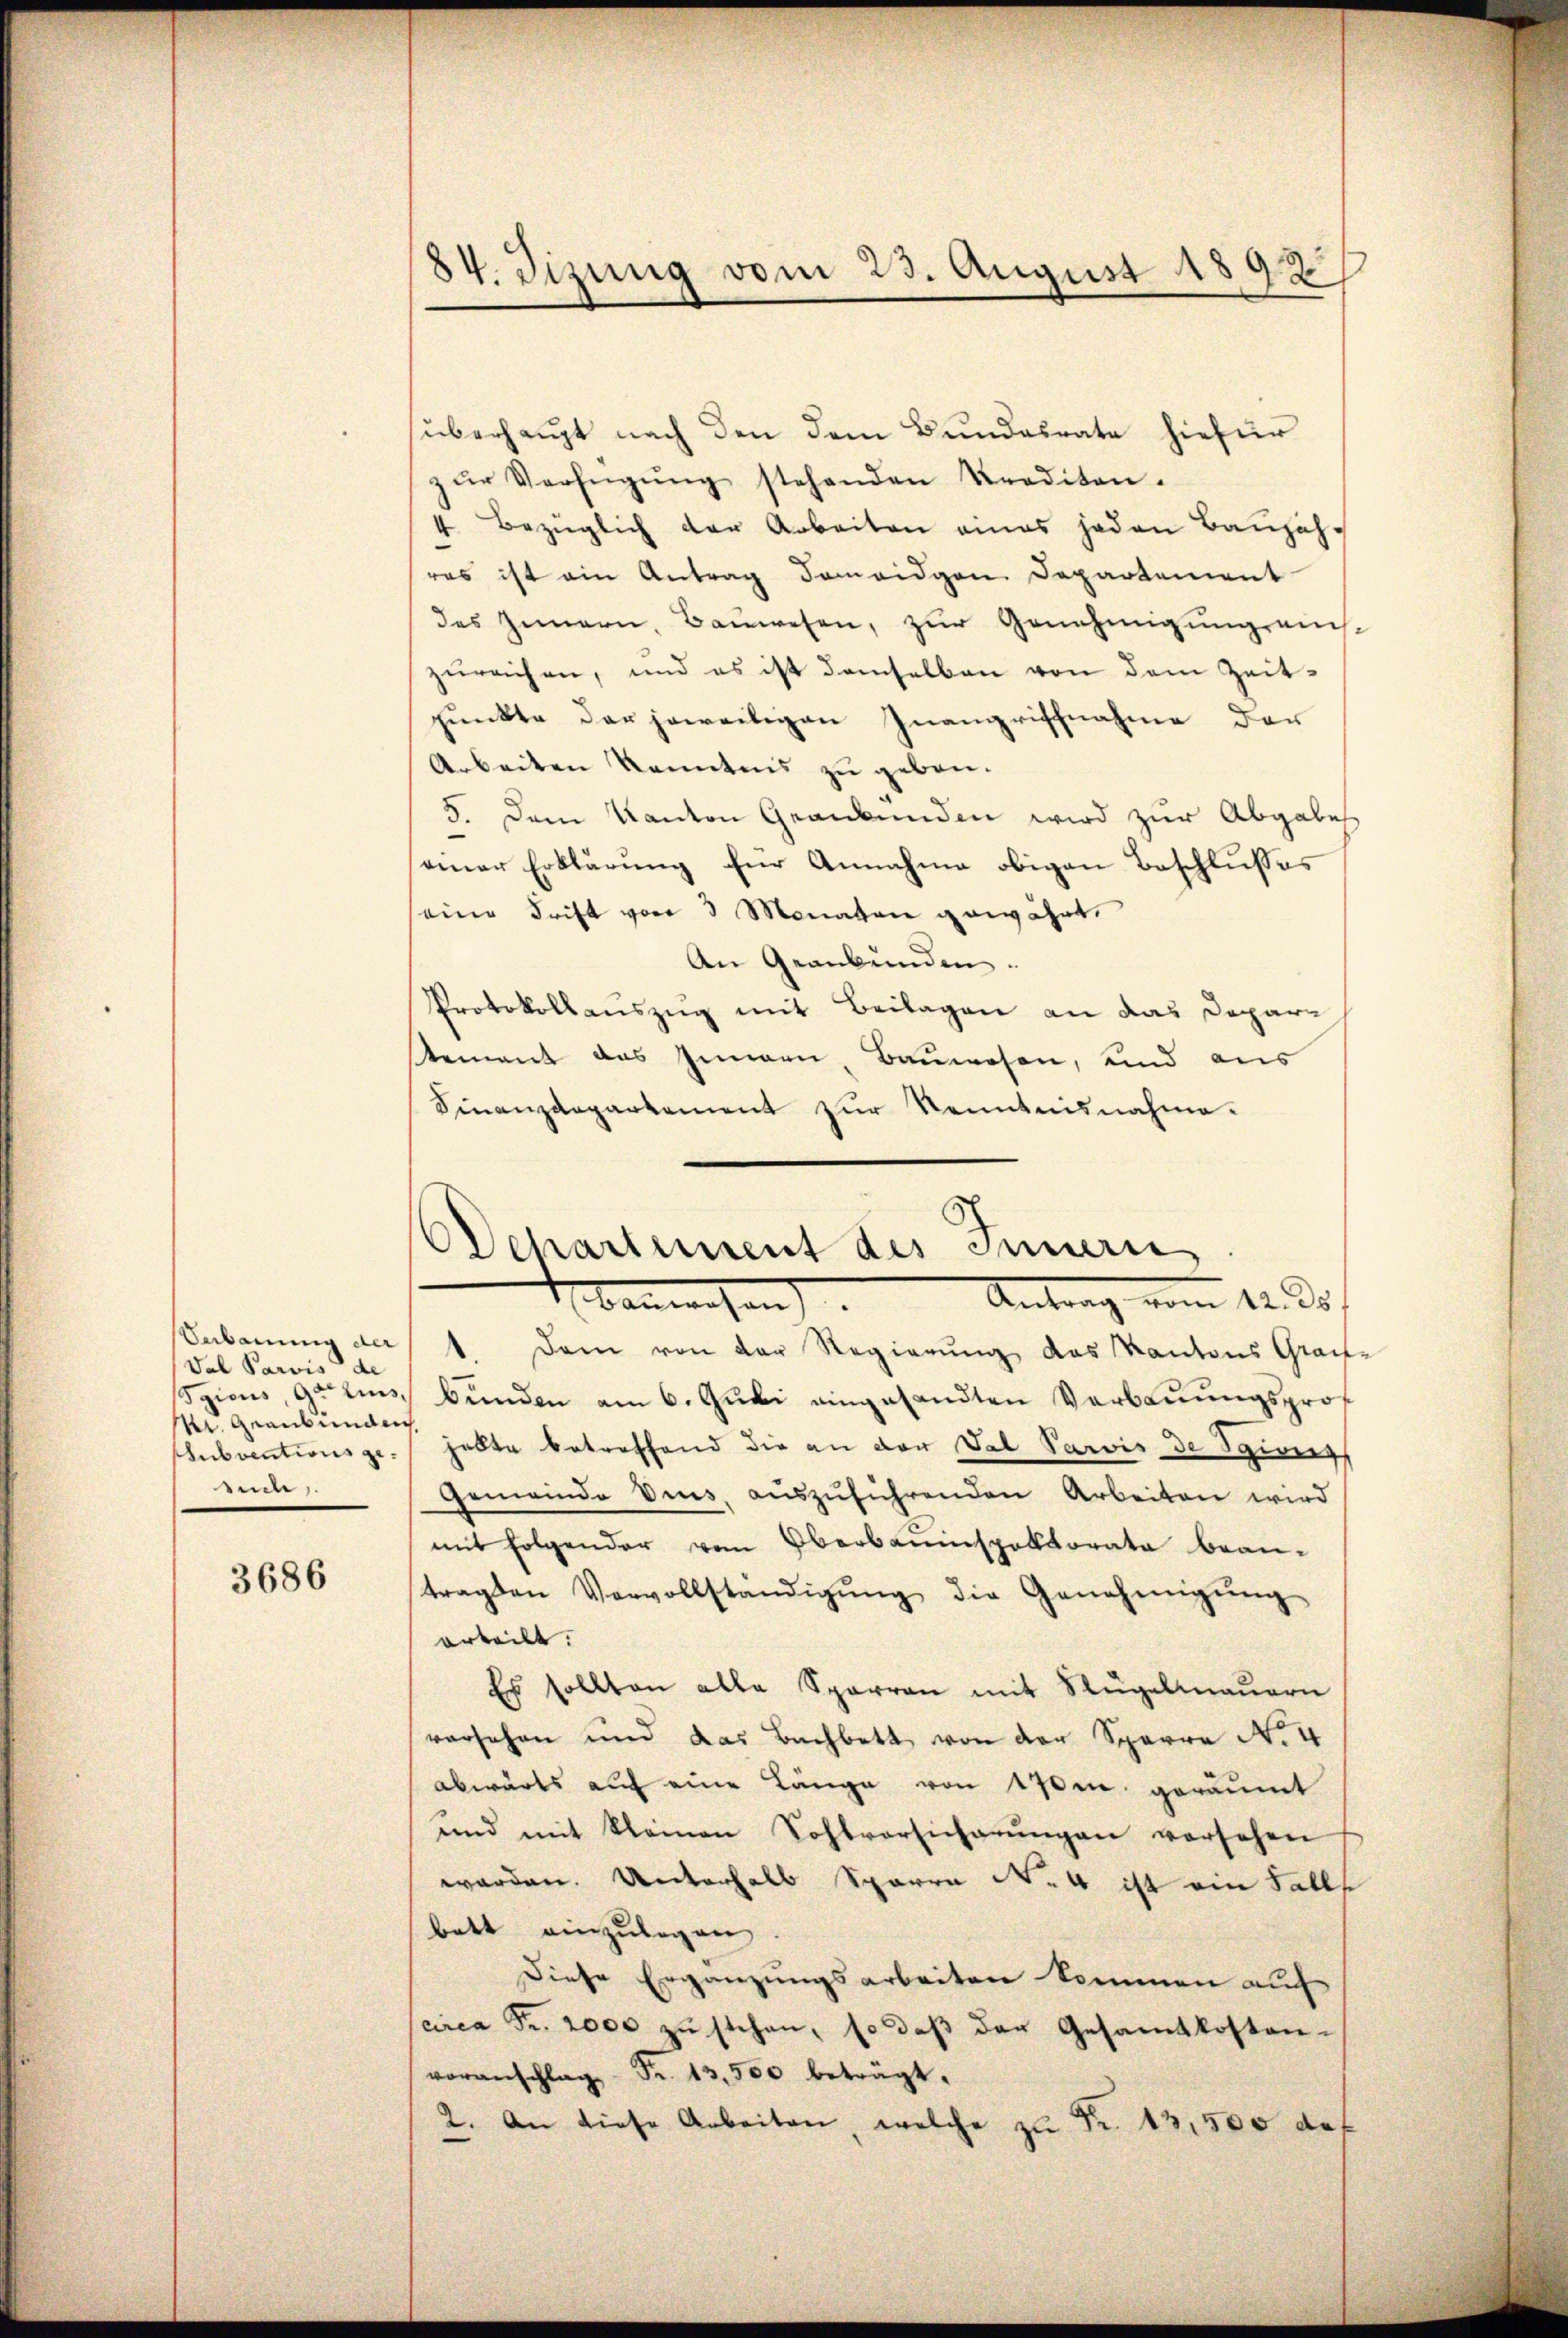
Sabauung der
Val Paris de
gions Gelins,
M. Graubünden
subventions gesid.

3686

84. Sizung vom 23. August 1892

überhaupt nach den dem Bŭndesrate hiefür
zŭr Verfügŭng stehenden Krediten.
4 bezüglich der Arbeiten eines jeden Baŭjäh-
ras ist ein Antrag domoidgen. Departement
des Innern, Baŭwesen, zŭr Genehmigung eins-
zureichen, und es ist demselben von dem Zeitpunkte der jeweiligen Inangriffnahme der
Arbeiten Kenntnis zu geben.
5. Dem Kanton Graubünden wird zur Abgabes
einer Erklärung für Annahme obigen Beschlusses
seine Frift von 3 Monaten gewährt,
An Graubünden.
Protokollauszug mit Beilagen an das Depari
tement das Innern, Bauwesen, und aus
Finanzdepartement zur Kenntnisnahme.

Dchartement des Innern
Antrag vom 12. ds.
Banwesen.

1. Dem von der Regierung des Kantons Grau-
bunden am 6. Juli eingesandten Verbauungsprof
habte betreffend die an der Tal Paris de Spung
Gemeinde Vins, aŭszŭführenden Arbeiten wird
mit folgender vom Oberbaumspaltorata bean-
tragten Vervollständigŭng die Genehmigŭng
orteilt.
Es sollten alle Sparren mit Flügelmauern
vorsehen und das Bachbett von der Sparre No 4
abwärts auf eine Länge von 17ten geräumt
und mit kleinen Sohlvorsicherŭngen versehen
werden. Unterhalb Sparre No 4 ist ein Falls
bett einzulegen.
Diese Ergänzungsarbeiten kommen auf
circa Fr. 2000 zŭ stehen, so daβ der Gesamtkosten-
voranschlag Fr. 13,500 beträgt.
2. An diese Arbeiten, welche zŭ Fr. 13,500 des